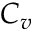
C _ { v }